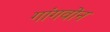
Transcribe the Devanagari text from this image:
गांगवोन